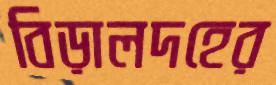
বিড়ালদহের